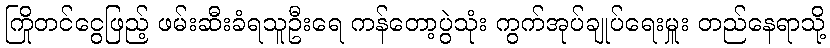
ကြိုတင်ငွေဖြည့် ဖမ်းဆီးခံရသူဦးရေ ကန်တော့ပွဲသုံး ကွက်အုပ်ချုပ်ရေးမှူး တည်နေရာသို့